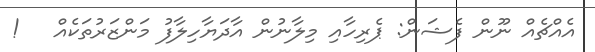
އެއްޗެއް ނޫން ފެޝަން: ޕެރިހާއި މިލާނުން އާދަޔާހިލާފު މަންޒަރުތަކެއް   !